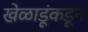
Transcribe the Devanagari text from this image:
खेळाडूंकडून